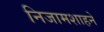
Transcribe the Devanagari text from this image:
निजामशाहने